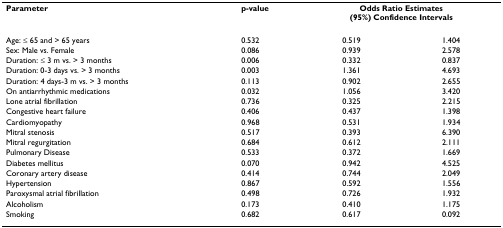
| Parameter | p-value | <COLSPAN=2> Odds Ratio Estimates(95%) Confidence Intervals |
 | --- | --- | --- | --- |
 | Age: ≤ 65 and > 65 years | 0.532 | 0.519 | 1.404 |
 | Sex: Male vs. Female | 0.086 | 0.939 | 2.578 |
 | Duration: ≤ 3 m vs. > 3 months | 0.006 | 0.332 | 0.837 |
 | Duration: 0-3 days vs. > 3 months | 0.003 | 1.361 | 4.693 |
 | Duration: 4 days-3 m vs. > 3 months | 0.113 | 0.902 | 2.655 |
 | On antiarrhythmic medications | 0.032 | 1.056 | 3.420 |
 | Lone atrial fibrillation | 0.736 | 0.325 | 2.215 |
 | Congestive heart failure | 0.406 | 0.437 | 1.398 |
 | Cardiomyopathy | 0.968 | 0.531 | 1.934 |
 | Mitral stenosis | 0.517 | 0.393 | 6.390 |
 | Mitral regurgitation | 0.684 | 0.612 | 2.111 |
 | Pulmonary Disease | 0.533 | 0.372 | 1.669 |
 | Diabetes mellitus | 0.070 | 0.942 | 4.525 |
 | Coronary artery disease | 0.414 | 0.744 | 2.049 |
 | Hypertension | 0.867 | 0.592 | 1.556 |
 | Paroxysmal atrial fibrillation | 0.498 | 0.726 | 1.932 |
 | Alcoholism | 0.173 | 0.410 | 1.175 |
 | Smoking | 0.682 | 0.617 | 0.092 |